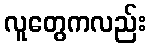
လူတွေကလည်း